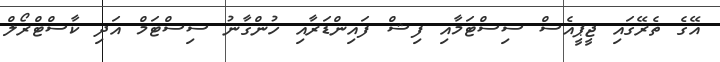
އޭގެ ތެރޭގައި ޖީޕީއެސް ސިސްޓަމާއި ފިޝް ފައިންޑަރާއި ހުންގާނު ސިސްޓަމް އަދި ކާސްޓްރޯލް